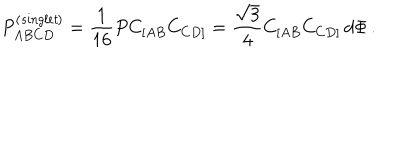
P _ { A B C D } ^ { \left( { \it s i n g l e t } \right) } = \frac { 1 } { 1 6 } P C _ { [ A B } C _ { C D ] } = \frac { \sqrt { 3 } } { 4 } C _ { [ A B } C _ { C D ] } \, d \Phi \, .